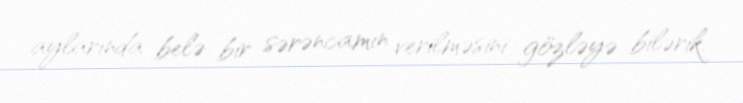
aylarında belə bir sərəncamın verilməsini gözləyə bilərik.